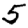
Digit: 5